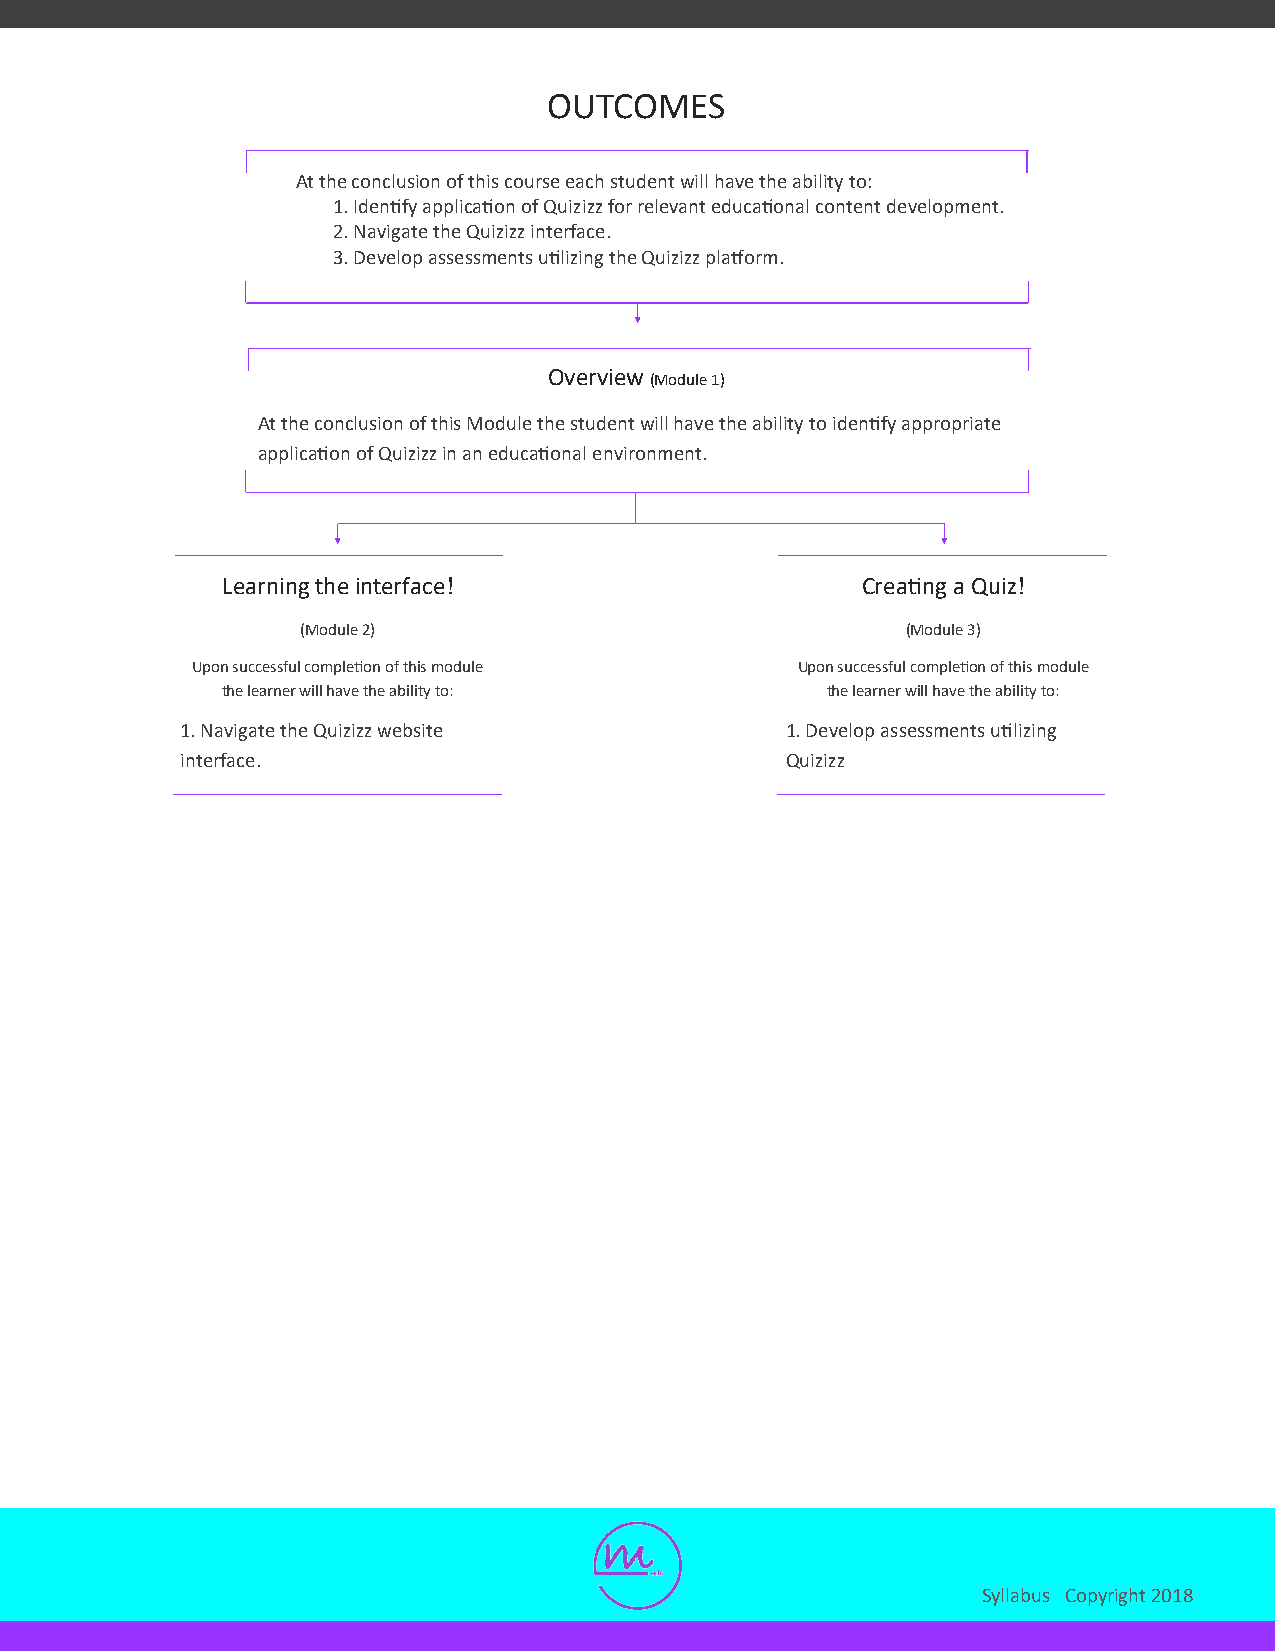
OUTCOMES
 At the conclusion of this course each student will have the ability to:
 1. Identify application of Quizizz for relevant educational content development.
 2. Navigate the Quizizz interface.
 3. Develop assessments utilizing the Quizizz platform.
 Overview (Module 1)
 At the conclusion of this Module the student will have the ability to identify appropriate
 application of Quizizz in an educational environment.
 Learning the interface!                   Creating a Quiz!
 (Module 2)                              (Module 3)
 Upon successful completion of this module Upon successful completion of this module
 the learner will have the ability to:   the learner will have the ability to:
 1. Navigate the Quizizz website         1. Develop assessments utilizing
 interface.                              Quizizz
 Syllabus Copyright 2018